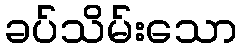
ခပ်သိမ်းသော